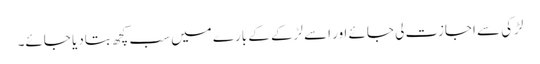
لڑکی سے اجازت لی جائے اور اسے لڑکے کے بارے میں سب کچھ بتادیا جائے۔